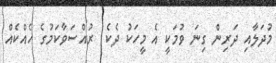
މުދަލާއި ދަރިން ގިނަ ވުމަކީ އެ މީހަކު ދެކެ  ރުއްސަވާކަމުގެ ހެއްކެއް